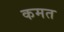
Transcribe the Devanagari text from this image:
कमत